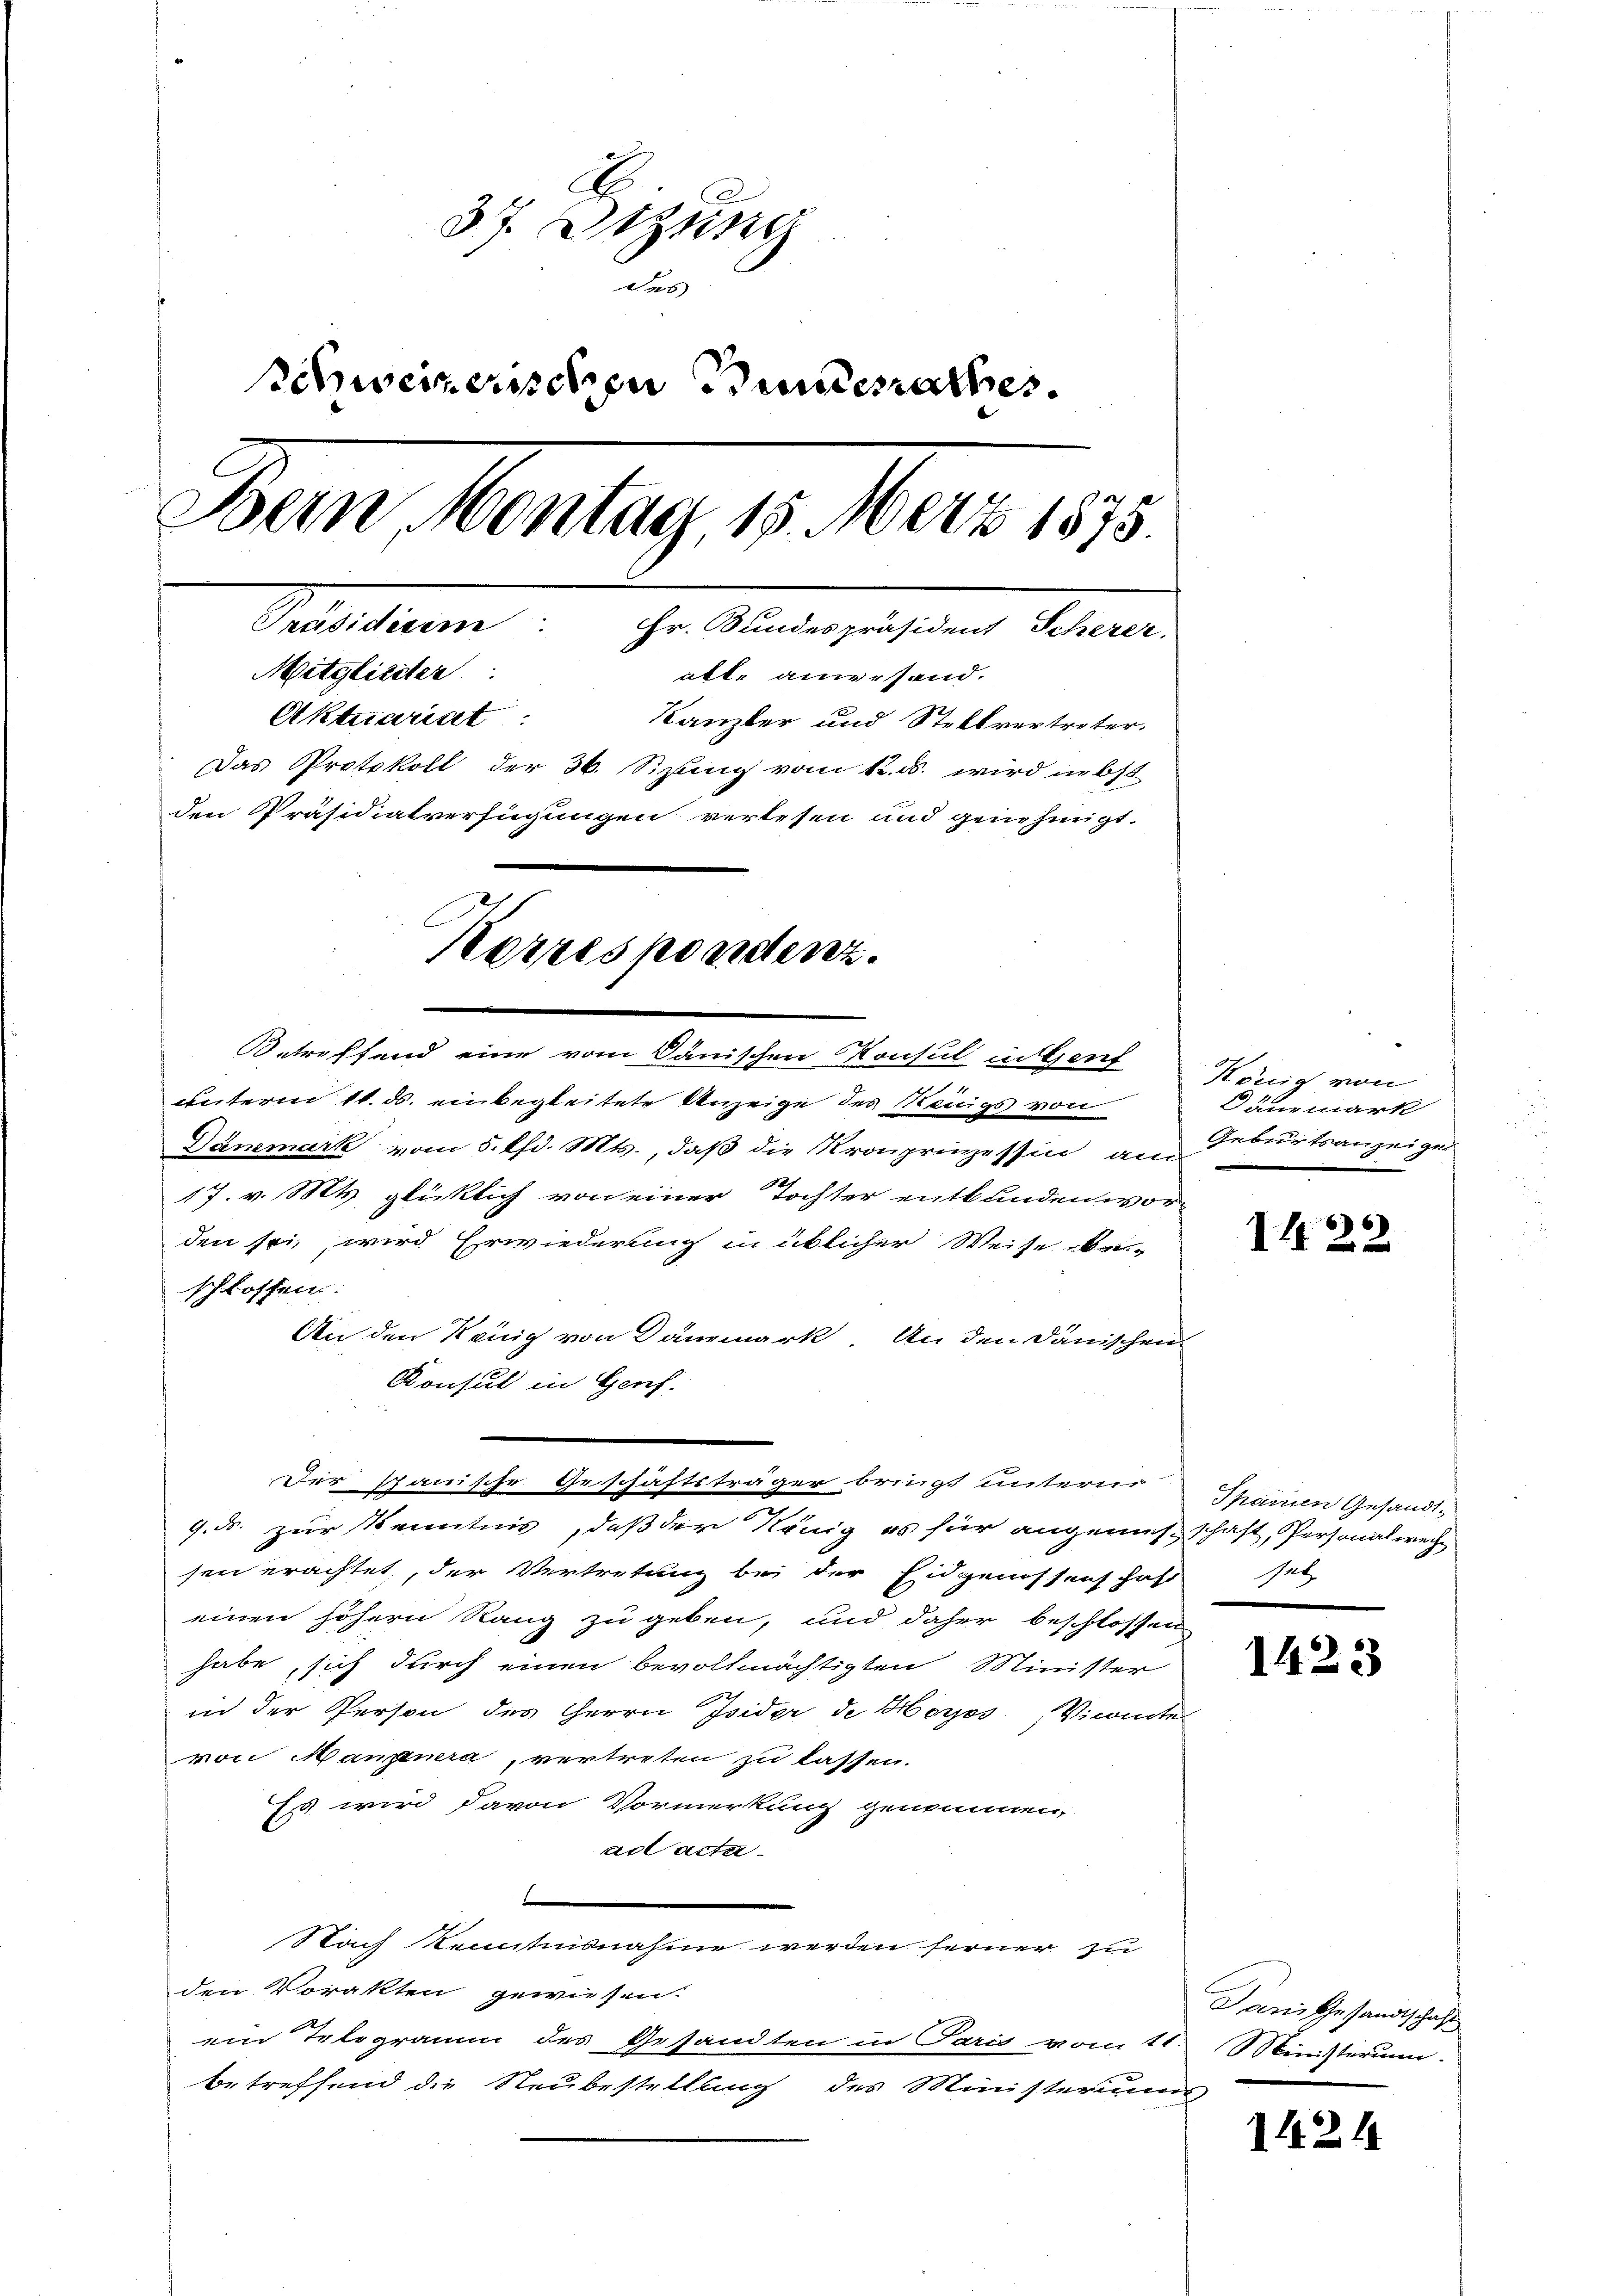
A
37. Sitzung
des
Schweizerischen Bunderathes.
Bun Ventag, 15. Mart. 1875.
Präsidisem. Hr. Bundespräsident Scherer.
Mitglieiter:
alle anwesend.
Aktuariat
Kanzler und Stellvertreter.
Das Protokoll der 36. Sizung vom k. k. wird in Ost
den Präsidialverfügungen verlesen und genehmigt.
Korrespondenz.

Der spanische Geschäftsträger bringt unternr
9. ds. zur Kenntnis, daß der König es für angemeßschaft, Personal wege

Betreffend eine vom dänischen Konsul in Genf
unterm 11. ds. einbegleitete Anzeige des Wenigs von
Dammark vom 5. lfd. Mts., daß die Kronprinzessin am Geburtsanzeiger
17. v. Mts. glücklich von einer Tochter entbanden wor-
den sei, wird Erwiederung in üblicher Weise be-
schlossen.
An den Kennig von Dämmark An den Dänischen
Konsul in Genf.
sen erachtet, der Vertretung bei der Eidgenossenschaft sel
einen höhern Rang zu geben, und daher beschlossen
habe sich durch einen bevollmächtigten Minister
in der Person des Herrn Isider de Horos Vicantes
von Mangenera, vertreten zu lassen.
Es wird davon Vormerkung genommen,
ad acta

Nach kenntnisnahme werden ferner zu
den Vorakten gewiesen.
ein Telegramm des Gesandten in Paris vom 11. Ministerun-
betreffend die Neubestellung des Ministeriums

König von
Dänemark

1422

Sparrien Gesandt¬

1423

Dans Gesandtschaft

1424